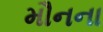
મૌનના